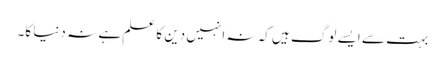
بہت سے ایسے لوگ ہیں کہ نہ انہیں دین کا علم ہے نہ دنیا کا۔